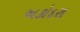
અકોદરા